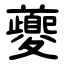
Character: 夔